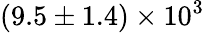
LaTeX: (9.5\pm 1.4)\times 10^{3}